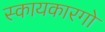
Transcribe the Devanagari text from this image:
स्कायकारगो